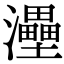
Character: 灅